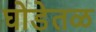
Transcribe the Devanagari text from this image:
घोडेतळ